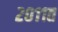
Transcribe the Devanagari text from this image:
२०११त